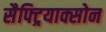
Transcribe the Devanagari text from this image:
सैफ्ट्रियाक्सोन